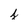
Character: j